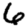
Digit: 6